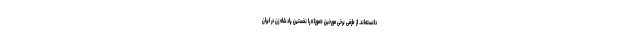
دانسته‌اند. از طرفی برخی مورخین «موزا» را نخستین پادشاه زن در ایران